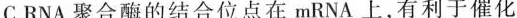
C.RNA聚合酶的结合位点在mRNA上，有利于催化